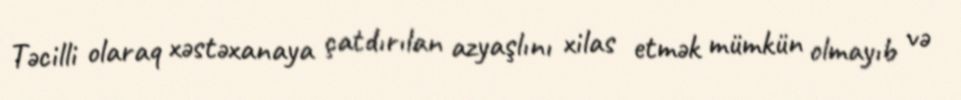
Təcilli olaraq xəstəxanaya çatdırılan azyaşlını xilas etmək mümkün olmayıb və